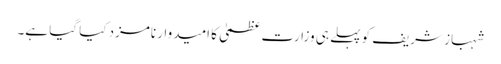
شہباز شریف کو پہلے ہی وزارتِ عظمیٰ کا امیدوار نامزد کیا گیا ہے۔